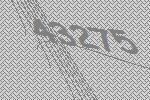
43275